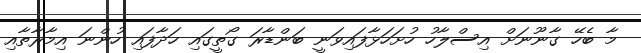
މާ ބެހޭ ގާނޫނަށް އިސްލާހު ހުށަހަޅާފައިވަނީ ބަންޑާރަ ގޯތީގައި ހަދާފައި ހުންނަ އިމާރާތާއި